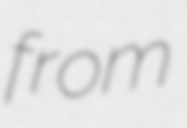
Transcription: from